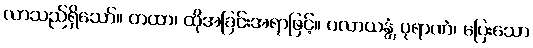
လာသည်ရှိသော်။ တထာ၊ ထိုအခြင်းအရာဖြင့်။ ပလာယန္တံ ပုရာဏံ၊ ပြေးသော